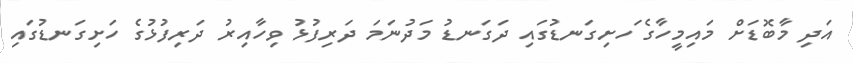
އަދި މާބޮޑަށް މައިމީހާގެ ަހށިގަނޑުގައި ދަގަނޑު މަދުނަމަ ދަރިފުޅު ވިހާއިރު ދަރިފުޅުގެ ހަށިގަނޑުގައި